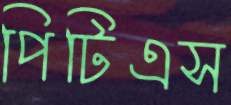
পিটিএস